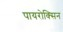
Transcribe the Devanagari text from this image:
पायरोक्सिन